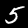
Digit: 5